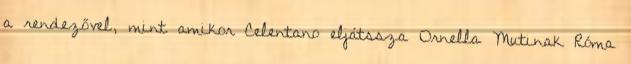
a rendezővel, mint amikor Celentano eljátssza Ornella Mutinak Róma